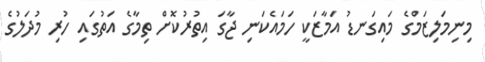
މިނިމަލިޒަމްގެ މައިގަނޑު އަމާޒަކީ ހަމައެކަނި ޖާގަ އިތުރުކޮށް ތިމާގެ އަތުގައި ހުރި މުދަލުގެ